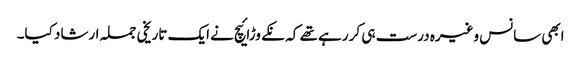
ابھی سانس وغیرہ درست ہی کر رہے تھے کہ نکے وڑائیچ نے ایک تاریخی جملہ ارشاد کیا۔